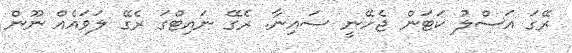
ރޭގަ އަސްލު ކަޓަން ޖެހޭނީ ސައިނާ. ރެގޭ ނައިޓްގަ ރެގޭ ލަވައެއް ނޫން